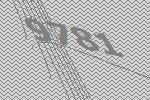
9781